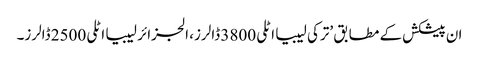
ان پیشکش کے مطابق ’ترکی لیبیا اٹلی 3800 ڈالرز، الجزائر لیبیا اٹلی 2500 ڈالرز۔